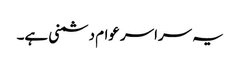
یہ سراسر عوام دشمنی ہے۔